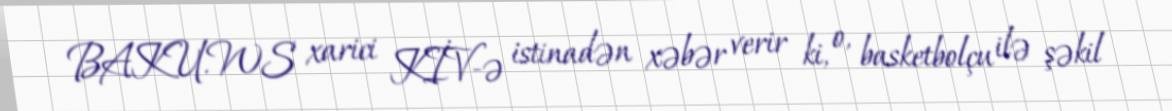
BAKU.WS xarici KİV-ə istinadən xəbər verir ki, o, basketbolçu ilə şəkil